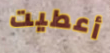
أعطيت